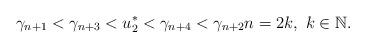
LaTeX: \begin{align*} \gamma_{n+1}<\gamma_{n+3}<u_2^*<\gamma_{n+4}<\gamma_{n+2} n=2k,\ k\in\mathbb N.\end{align*}